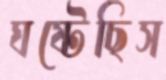
ঘষ্‌টেছিস